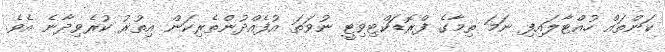
ކަންތައް ހުއްޓާލައިފި ނަމަ ތިމާގެ ފްރޮޑަކްޓިވިޓީ ނުވަތަ އުފެއްދުންތެރިކަން އިތުރު ކުރެވިދާނެ އެވެ.